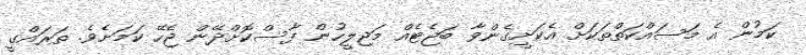
ކަމުން އެ މަސައްކަތްތަކަށް އެކަށީގެންވާ ބަޖެޓެއް މަޖިލީހުން ފާސްކޮށްދޭން ޖެހޭ ކަމަށެވެ. ތަރައްގީ